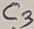
Text: C3